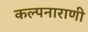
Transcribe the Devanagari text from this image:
कल्पनाराणी